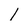
Character: 1